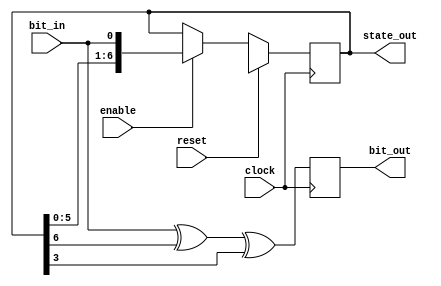
//-----------------------------------------------------
// 802.11B Decrambler
// Design Name : descrambler.v
// Function : This is a self-synching 7 bit descrambler for 802.11b
// Synchronous active high reset and
// with active high enable signal
//-----------------------------------------------------
module descrambler (
		  clock ,    // Clock input of the design
		  reset ,    // active high, synchronous Reset input
		  enable ,   // Active high enable signal
		  state_out, // vector output
		  bit_in,    // Input data bit.
		  bit_out    // Scrambled output bit.
		  ); // End of port list
   //-------------Input Ports-----------------------------
   input clock ;
   input reset ;
   input enable ;
   input bit_in;

   //-------------Output Ports----------------------------
   output [6:0] state_out ;
   output 	bit_out;
   
   //-------------Input ports Data Type-------------------
   // By rule all the input ports should be wires   
   wire 	clock ;
   wire 	reset ;
   wire 	enable ;
   //-------------Output Ports Data Type------------------
   // Output port can be a storage element (reg) or a wire
   reg [6:0] 	state_out ;
   reg 		bit_out;
   
   //------------Code Starts Here-------------------------
   assign feedback =  (bit_in ^ state_out[6] ^ state_out[3]);

   // We trigger the below block with respect to positive
   // edge of the clock.
   always @ (posedge clock)
     begin : DESCRAMBLER // Block Name
	// At every rising edge of clock we check if reset is active
	// If active, zero the state.
	if (reset == 1'b1) begin
	   //Self synching, so a reset should be to the unknown state.
	   //This might cause a problem in synthesis.
	   state_out <= #1 7'bXXXXXXX;
	end
	// If enable is active, then we tick the state.
	else if (enable == 1'b1) begin
	   //state_out <= #1 state_out + 1;
	   state_out <= {state_out[5], state_out[4], state_out[3],
			 state_out[2], state_out[1], state_out[0],
			 bit_in};
	   //bit_out <= feedback;
	end
     end // block: DESCRAMBLER
   always @ (negedge clock)
     begin:DESCRAMBLERDOWN
	bit_out<=feedback;
     end
   

endmodule